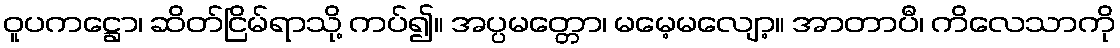
ဝူပကဋ္ဌော၊ ဆိတ်ငြိမ်ရာသို့ ကပ်၍။ အပ္ပမတ္တော၊ မမေ့မလျော့။ အာတာပီ၊ ကိလေသာကို